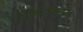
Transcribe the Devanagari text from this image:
क्लेमेंट्सियन